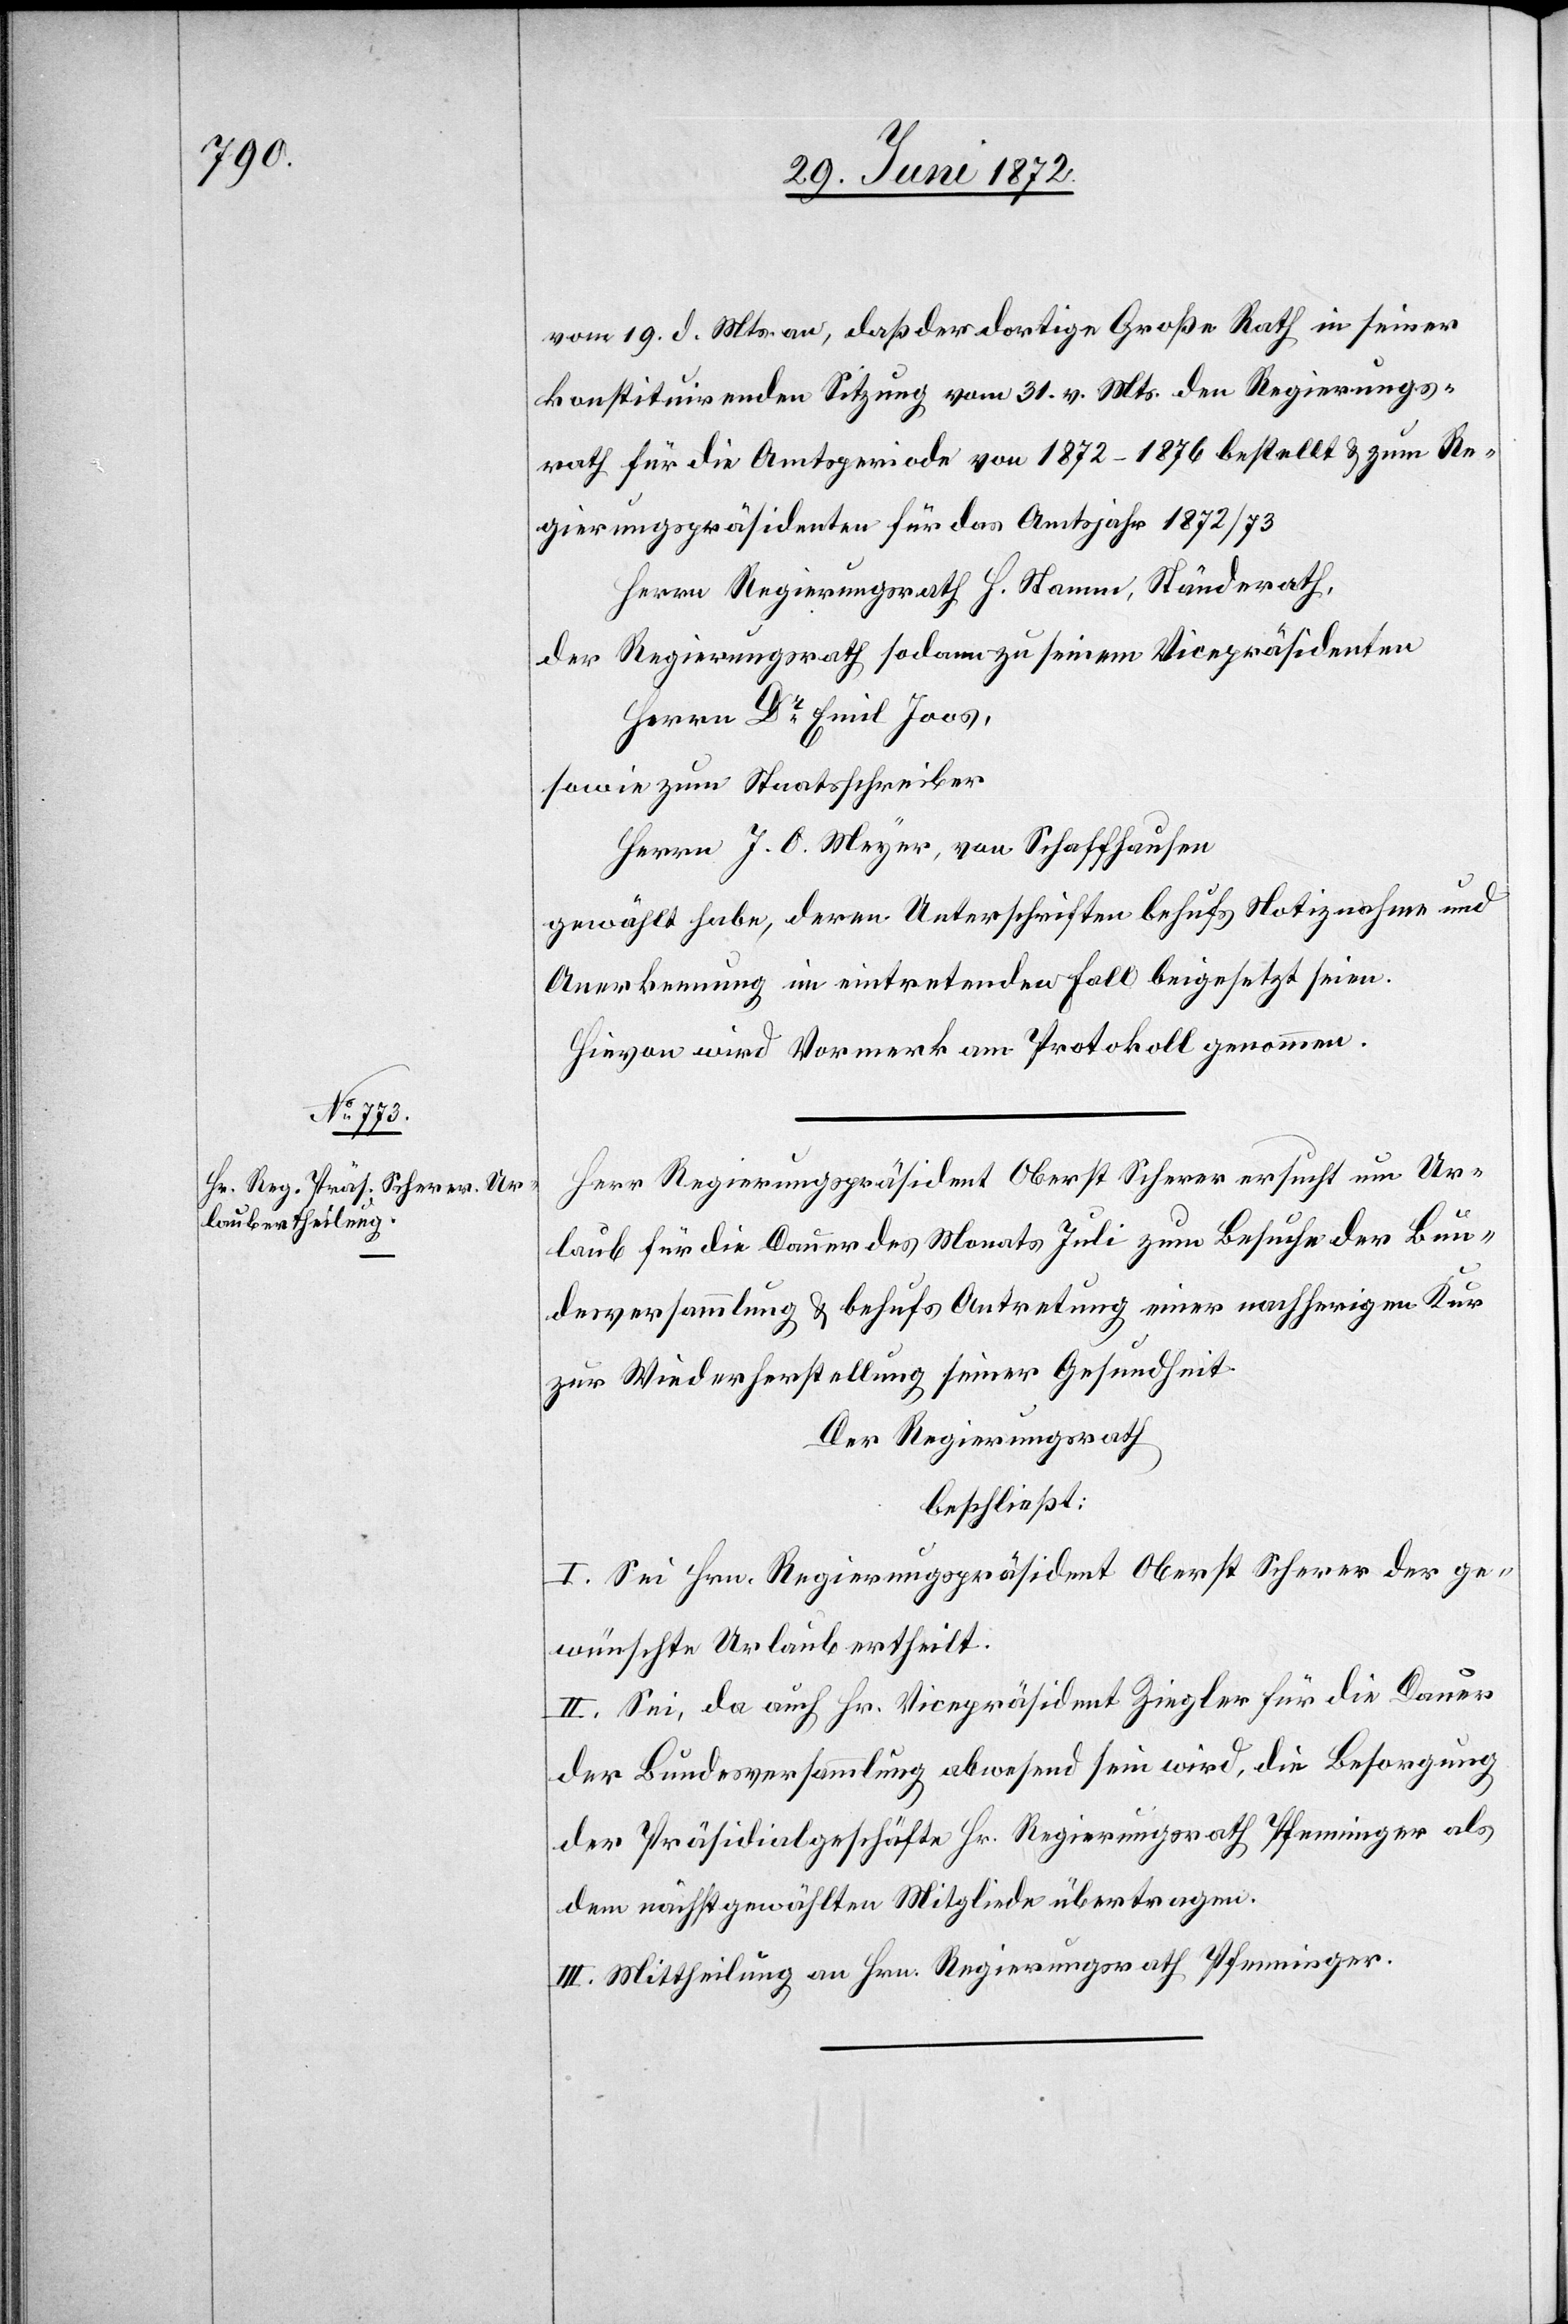
vom 19. d. Mts an, daß der dortige Große Rath in seiner
konstituirenden Sitzung vom 31. v. Mts. den Regierungs¬
rath für die Amtsperiode von 1872–1876 bestellt u. zum Re¬
gierungspräsidenten für das Amtsjahr 1872/73
Herrn Regierungsrath H. Stamm, Ständerath,
der Regierungsrath sodann zu seinem Vicepräsidenten
Herrn Dr Emil Joos,
sowie zum Staatsschreiber
Herrn J. O. Meyer, von Schaffhausen
gewählt habe, deren Unterschriften behufs Notiznahme und
Anerkennung im eintretenden Fall beigesetzt seien.
Hievon wird Vormerk am Protokoll genommen.
Herr Regierungspräsident Oberst Scherer ersucht um Ur¬
laub für die Dauer des Monats Juli zum Besuche der Bun¬
desversammlung u. behufs Antretung einer nachherigen Kur
zur Wiederherstellung seiner Gesundheit.
Der Regierungsrath
beschließt:
I. Sei Hrn. Regierungspräsident Oberst Scherer der ge¬
wünschte Urlaub ertheilt.
II. Sei, da auch Hr. Vicepräsident Ziegler für die Dauer
der Bundesversammlung abwesend sein wird, die Besorgung
der Präsidialgeschäfte Hr. Regierungsrath Pfenninger als
dem nächstgewählten Mitgliede übertragen.
III. Mittheilung an Hrn. Regierungsrath Pfenninger.